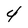
Character: 4